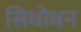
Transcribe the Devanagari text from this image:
सिधोधन